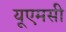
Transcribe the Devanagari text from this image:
यूएमसी